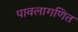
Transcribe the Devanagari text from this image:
पावलागणित